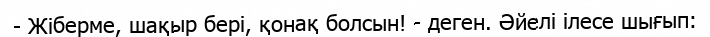
- Жіберме, шақыр бері, қонақ болсын! - деген. Әйелі ілесе шығып: